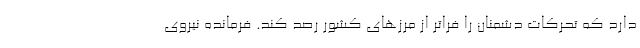
دارد که تحرکات دشمنان را فراتر از مرزهای کشور رصد کند. فرمانده نیروی